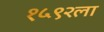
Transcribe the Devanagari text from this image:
१५९२ला